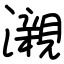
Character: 瀙